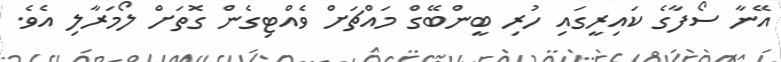
އޭނާ ސޯފާގެ ކައިރީގައި ހުރި ބީންބޭގް މައްޗަށް ވެއްޓިގެން ގޮތަށް ލޯމަރާލި އެވެ.